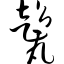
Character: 甏